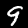
Label: 9